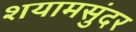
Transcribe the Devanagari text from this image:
शयामसुंदर